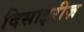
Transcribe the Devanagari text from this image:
दिसाइरीज़